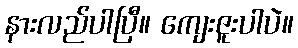
နားလည်ပါပြီ။ ကျေးဇူးပါပဲ။